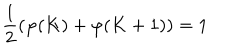
\frac { 1 } { 2 } ( \varphi ( K ) + \varphi ( K + 1 ) ) = 1